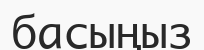
басыңыз